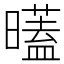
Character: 𣋞